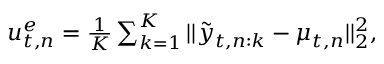
\begin{array} { r } { u _ { t , n } ^ { e } = \frac { 1 } { K } \sum _ { k = 1 } ^ { K } | | { \tilde { y } _ { t , n : k } - \mu _ { t , n } } | | _ { 2 } ^ { 2 } , } \end{array}